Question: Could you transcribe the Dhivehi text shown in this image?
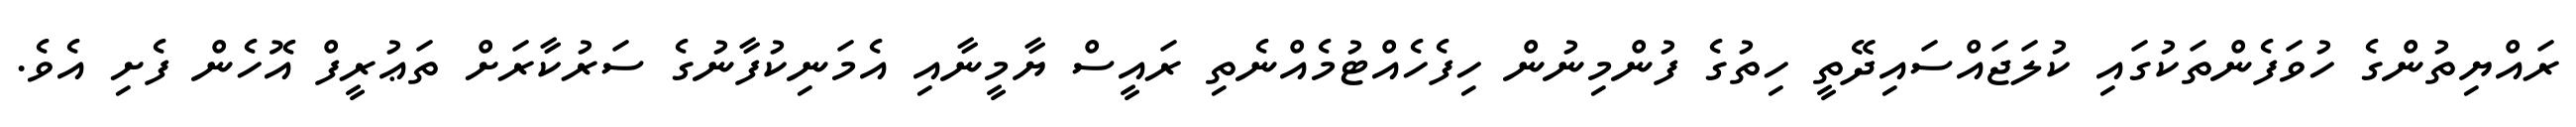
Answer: ރައްޔިތުންގެ ހުވަފެންތަކުގައި ކުލަޖައްސައިދޭތީ ހިތުގެ ފުންމިނުން ހިފެހެއްޓުމެއްނެތި ރައީސް ޔާމީނާއި އެމަނިކުފާނުގެ ސަރުކާރަށް ތަޢުރީފް އޮހެން ފެށި އެވެ.